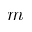
m